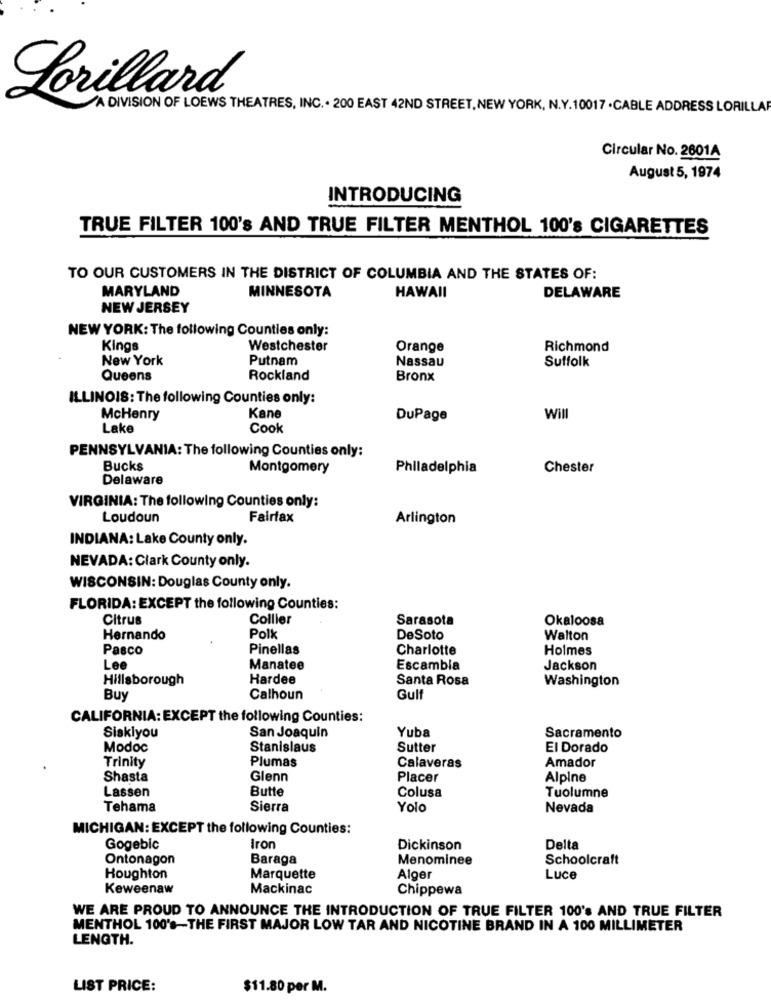
Lorillard
A DIVISION OF LOEWS THEATRES, INC .. 200 EAST 42ND STREET, NEW YORK, N.Y.10017 . CABLE ADDRESS LORILLAR
Circular No. 2601A
August 5, 1974
INTRODUCING
TRUE FILTER 100's AND TRUE FILTER MENTHOL 100's CIGARETTES
TO OUR CUSTOMERS IN THE DISTRICT OF COLUMBIA AND THE STATES OF:
MARYLAND
MINNESOTA
HAWAII
DELAWARE
NEW JERSEY
NEW YORK: The following Counties only:
Kings
Westchester
Orange
Richmond
New York
Putnam
Suffolk
Nassau
Queens
Rockland
Bronx
ILLINOIS: The following Counties only:
McHenry
Kane
DuPage
Will
Lake
Cook
PENNSYLVANIA: The following Counties only:
Bucks
Montgomery
Philadelphia
Chester
Delaware
VIRGINIA: The following Counties only:
Loudoun
Fairfax
Arlington
INDIANA: Lake County only.
NEVADA: Clark County only.
WISCONSIN: Douglas County only.
FLORIDA: EXCEPT the following Counties:
Citrus
Collier
Sarasota
Okaloosa
Hernando
Polk
DeSoto
Walton
Pasco
Pinellas
Charlotte
Holmes
Lee
Manatee
Escambia
Jackson
Hillsborough
Hardee
Santa Rosa
Washington
Buy
Calhoun
Gulf
CALIFORNIA: EXCEPT the following Counties:
Siskiyou
Yuba
San Joaquin
Sacramento
Modoc
Stanislaus
Sutter
El Dorado
Trinity
Plumas
Amador
Calaveras
Shasta
Glenn
Placer
Alpine
Lassen
Butte
Colusa
Tuolumne
Tehama
Sierra
Yolo
Nevada
MICHIGAN: EXCEPT the following Counties:
Gogebic
Iron
Dickinson
Delta
Ontonagon
Baraga
Menominee
Schoolcraft
Houghton
Marquette
Alger
Luce
Keweenaw
Mackinac
Chippewa
WE ARE PROUD TO ANNOUNCE THE INTRODUCTION OF TRUE FILTER 100's AND TRUE FILTER
MENTHOL 100's-THE FIRST MAJOR LOW TAR AND NICOTINE BRAND IN A 100 MILLIMETER
LENGTH.
LIST PRICE:
$11.80 per M.